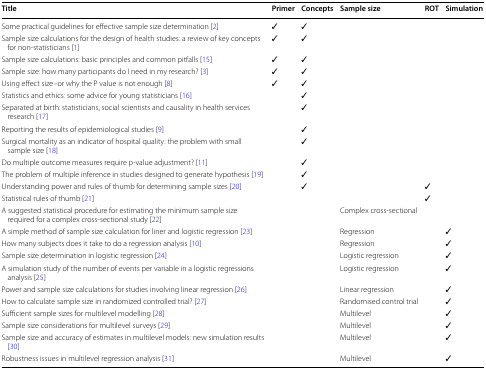
| Title | Primer | Concepts | Sample size | ROT | Simulation |
 | --- | --- | --- | --- | --- | --- |
 | Some practical guidelines for effective sample size determination [2] | ✓ | ✓ |  |  |  |
 | Sample size calculations for the design of health studies: a review of key concepts for non-statisticians [1] | ✓ | ✓ |  |  |  |
 | Sample size calculations: basic principles and common pitfalls [15] | ✓ | ✓ |  |  |  |
 | Sample size: how many participants do I need in my research? [3] | ✓ | ✓ |  |  |  |
 | Using effect size–or why the P value is not enough [8] | ✓ | ✓ |  |  |  |
 | Statistics and ethics: some advice for young statisticians [16] |  | ✓ |  |  |  |
 | Separated at birth: statisticians, social scientists and causality in health services research [17] |  | ✓ |  |  |  |
 | Reporting the results of epidemiological studies [9] |  | ✓ |  |  |  |
 | Surgical mortality as an indicator of hospital quality: the problem with small sample size [18] |  | ✓ |  |  |  |
 | Do multiple outcome measures require p-value adjustment? [11] |  | ✓ |  |  |  |
 | The problem of multiple inference in studies designed to generate hypothesis [19] |  | ✓ |  |  |  |
 | Understanding power and rules of thumb for determining sample sizes [20] |  | ✓ |  | ✓ |  |
 | Statistical rules of thumb [21] |  |  |  | ✓ |  |
 | A suggested statistical procedure for estimating the minimum sample size required for a complex cross-sectional study [22] |  |  | Complex cross-sectional |  |  |
 | A simple method of sample size calculation for liner and logistic regression [23] |  |  | Regression |  | ✓ |
 | How many subjects does it take to do a regression analysis [10] |  |  | Regression |  | ✓ |
 | Sample size determination in logistic regression [24] |  |  | Logistic regression |  | ✓ |
 | A simulation study of the number of events per variable in a logistic regressions analysis [25] |  |  | Logistic regression |  | ✓ |
 | Power and sample size calculations for studies involving linear regression [26] |  |  | Linear regression |  | ✓ |
 | How to calculate sample size in randomized controlled trial? [27] |  |  | Randomised control trial |  | ✓ |
 | Sufficient sample sizes for multilevel modelling [28] |  |  | Multilevel |  | ✓ |
 | Sample size considerations for multilevel surveys [29] |  |  | Multilevel |  | ✓ |
 | Sample size and accuracy of estimates in multilevel models: new simulation results [30] |  |  | Multilevel |  | ✓ |
 | Robustness issues in multilevel regression analysis [31] |  |  | Multilevel |  | ✓ |